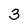
Character: 3